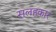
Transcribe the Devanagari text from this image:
सलहकार